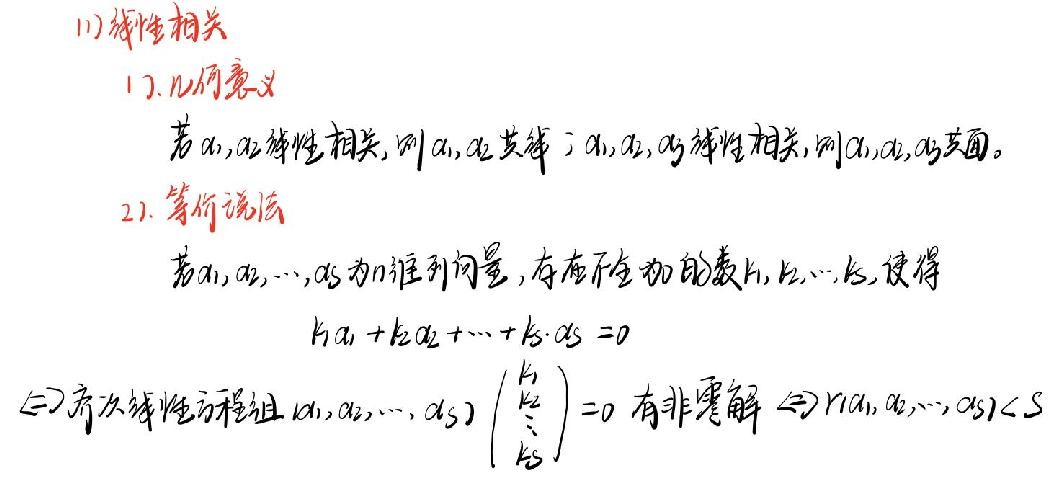
1) 线性相关
1). 几何意义
若$\alpha_1,\alpha_2$线性相关，则$\alpha_1,\alpha_2$共线；$\alpha_1,\alpha_2,\alpha_3$线性相关，则$\alpha_1,\alpha_2,\alpha_3$共面。
2). 等价说法
若$\alpha_1,\alpha_2,\cdots,\alpha_s$为$n$维列向量，存在不全为零的数$k_1,k_2,\cdots,k_s$，使得
$k_1\alpha_1 + k_2\alpha_2+\cdots + k_s\cdot\alpha_s = 0$
$\Leftrightarrow$齐次线性方程组$(\alpha_1,\alpha_2,\cdots,\alpha_s)\begin{pmatrix}k_1\\k_2\\\vdots\\k_s\end{pmatrix}=0$有非零解$\Leftrightarrow r(\alpha_1,\alpha_2,\cdots,\alpha_s)<s$